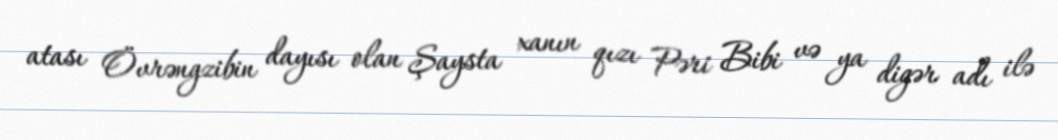
atası Övrəngzibin dayısı olan Şaysta xanın qızı Pəri Bibi və ya digər adı ilə